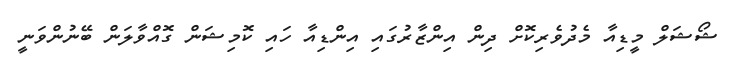
ޝޯޝަލް މީޑިއާ މެދުވެރިކޮށް ދިން އިންޒާރުގައި އިންޑިއާ ހައި ކޮމިޝަން ގޮއްވާލަން ބޭނުންވަނީ